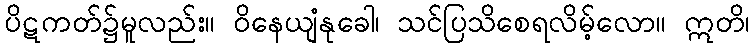
ပိဋကတ်၌မူလည်း။ ဝိနေယျံနုခေါ၊ သင်ပြသိစေရလိမ့်လော။ ဣတိ၊